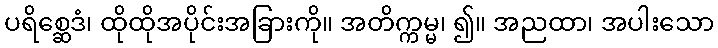
ပရိစ္ဆေဒံ၊ ထိုထိုအပိုင်းအခြားကို။ အတိက္ကမ္မ၊ ၍။ အညထာ၊ အပါးသော